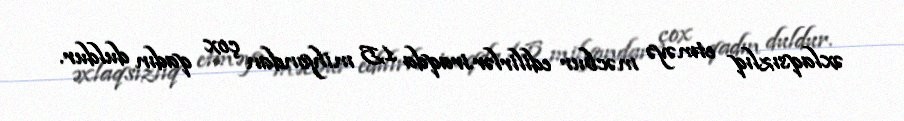
əxlaqsızlıq etməyə məcbur edilirlər.iraqda 1,5 milyondan çox qadın duldur.